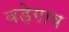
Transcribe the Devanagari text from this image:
बड़ेगाव